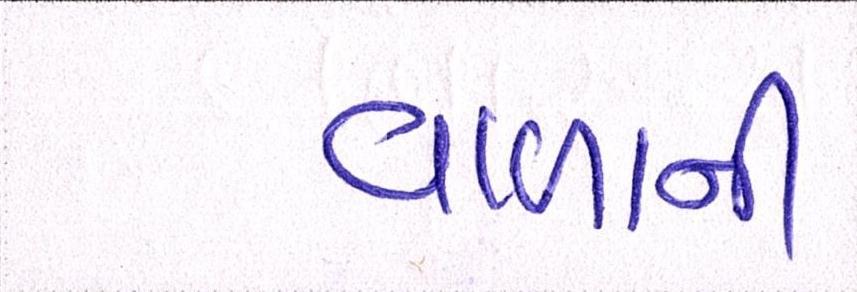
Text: વાળાની